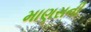
માણસની